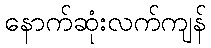
နောက်ဆုံးလက်ကျန်